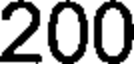
200